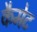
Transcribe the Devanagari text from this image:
कैमेट